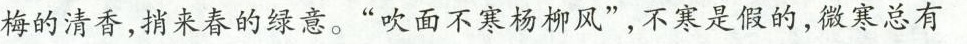
梅的清香，捎来春的绿意。”吹面不寒杨柳风”，不寒是假的，微寒总有